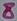
Text: 8